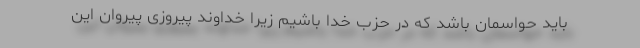
باید حواسمان باشد که در حزب خدا باشیم زیرا خداوند پیروزی پیروان این